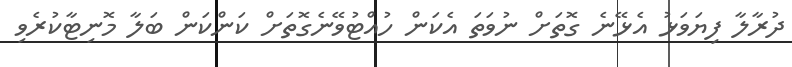
ދުރާލާ ފިޔަވަޅު އެޅޭނެ ގޮތަށް ނުވަތަ އެކަން ހުއްޓުވޭނެގޮތަށް ކަންކަން ބަލާ މޮނިޓާކުރެވި